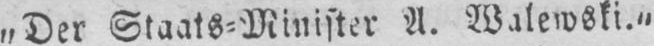
„Der Staats⸗Minister A. Walewski.⸗